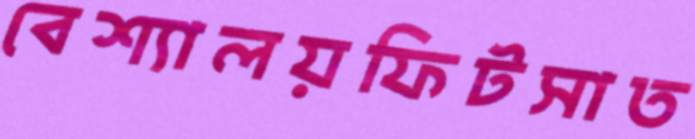
বেশ্যালয়ফিটসাত